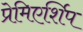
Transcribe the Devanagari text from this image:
प्रेमिएर्शिप